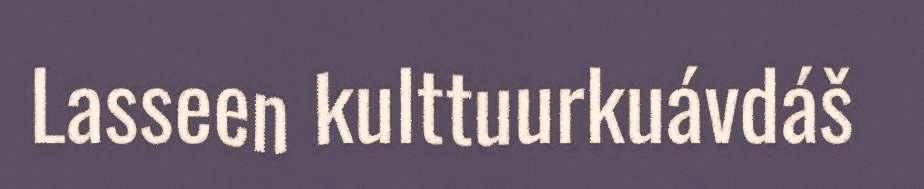
Lasseen kulttuurkuávdáš